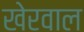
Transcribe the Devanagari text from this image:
खेरवाल